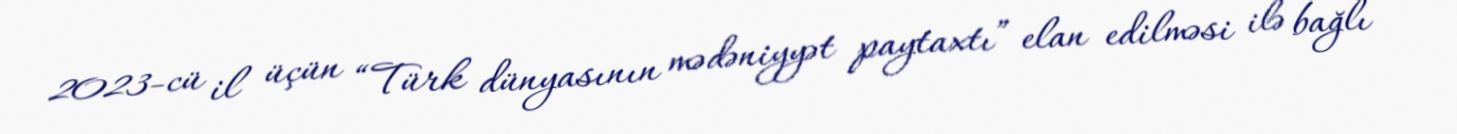
2023-cü il üçün “Türk dünyasının mədəniyyət paytaxtı” elan edilməsi ilə bağlı